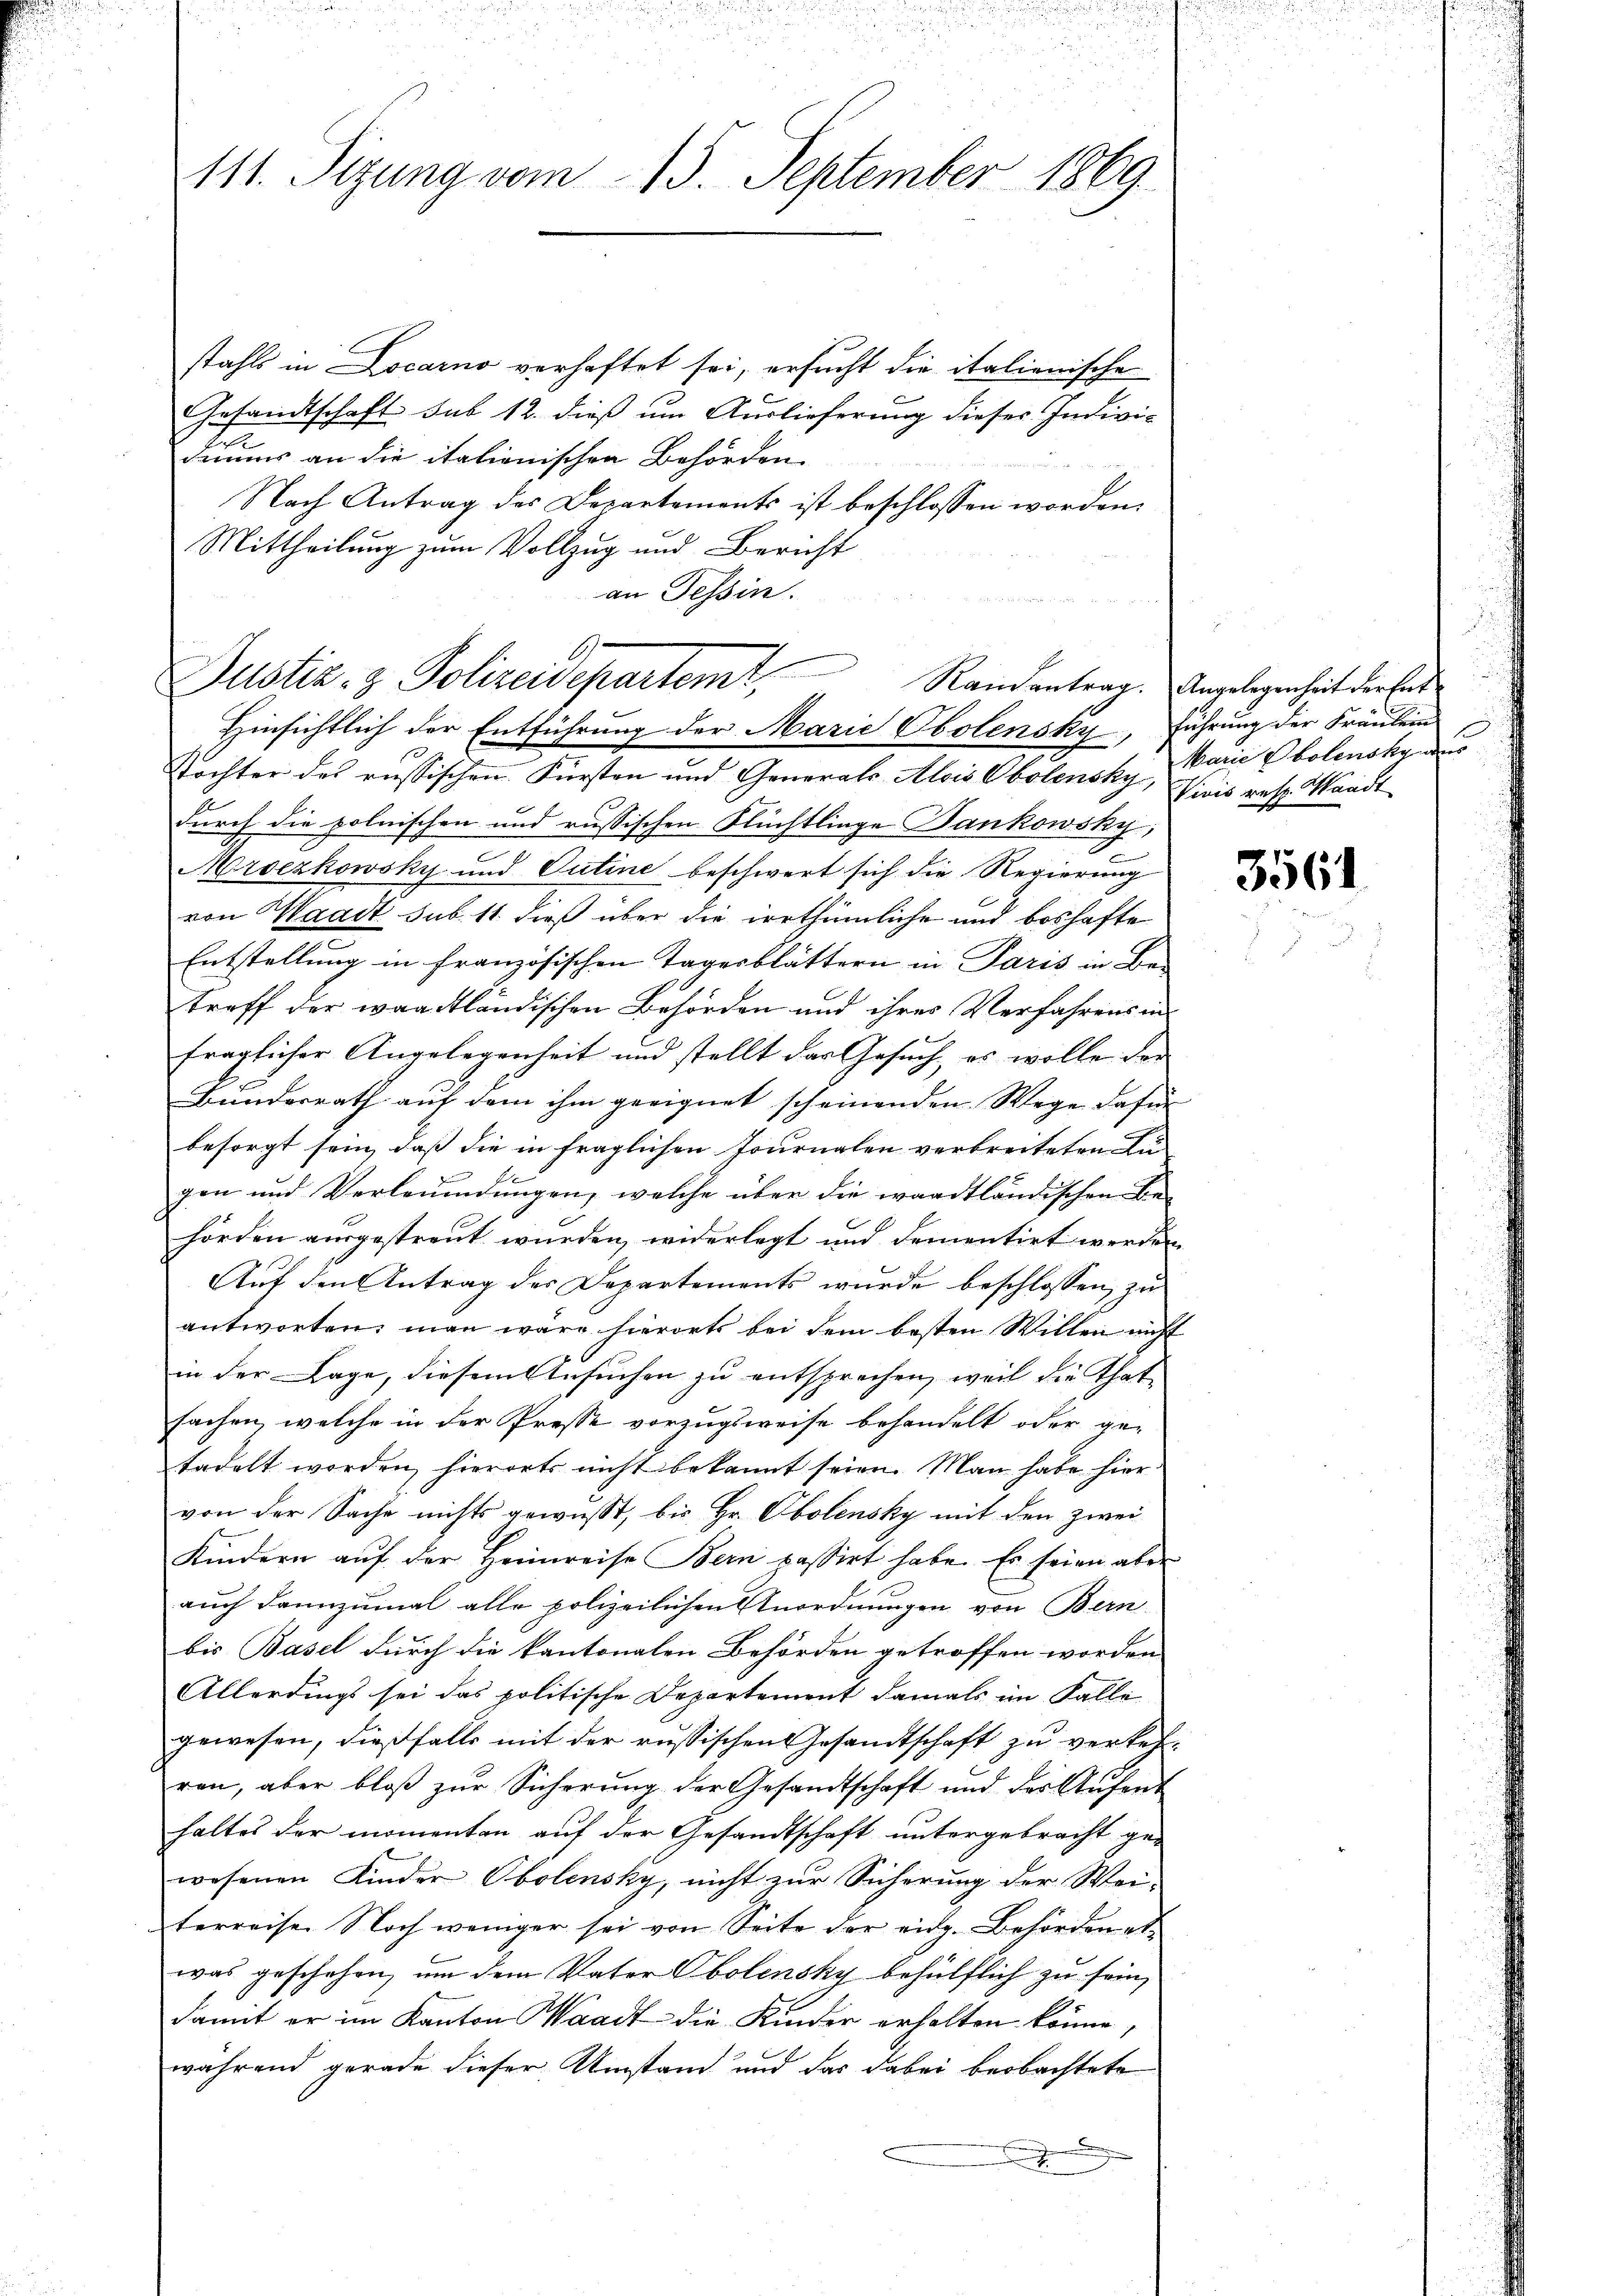
111. Sizung vom 15. September 1869.

stahls in Locarno verhaftet sei, ersucht die italienische
Gesandtschaft sub 12. dieß um Auslieferung dieser Individuums an die italionischen Behörden
Nach Antrag des Departements ist beschlossen worden.
Mittheilung zum Vollzug und Bericht
an Tessin.
Justiz- & Polizeidepartemt,
Tochter des russischen Fürsten und Generals Alois Obolensky, Divis resp. Waadt
durch die polnischen und russischen Flüchtlinge Dankowsky,
Mroezkowsky und Outine beschwert sich die Regierung
von Waadt sub. 11. dieß über die irrthümliche und boshafte
Entstellung in französischen Tagesblättern in Paris in Be-
treff der waadtländischen Behörden und ihres Verfahrens in
fraglicher Angelegenheit und stellt der Gesuch, es wolle der
Bunderrath auf dem ihm geeignet scheinenden Wege dafür
besorgt sein, daß die in fraglichen Journalen verbreiteten Au
gen und Verleumdungen, welche über die waadtländischen Be-
hörden ausgestreut wurden, widerlegt und dementirt werden
Auf den Antrag der Departements wurde beschlossen, zu
antworten, man wäre hierorts bei dem besten Willen nicht
in der Lage, diesem Ansuchen zu entsprechen, weil die That
sachen, welche in der Presse vorzugsweise behandelt oder getadelt worden, hierorts nicht bekannt seien. Man habe hier
von der Sache nichts gewusst, bis Hr. Obolensky mit den zwei
Kindern auf der Heimreise Bern passirt habe. Es seien aber
auch dannzumal alle polizeilichen Anordnungen von Bern
bis Basel durch die kantonalen Behörden getroffen worden
Allerdings sei das politische Departement damals im Falle
gewesen, dießfalls mit der russischen Gesandtschaft zu verkehr-
ren, aber bloß zur Sicherung der Gesandtschaft und der Aŭfent
haltes der momenten auf der Gesandtschaft untergebracht ge-
wesenen Kinder Obolensky, nicht zur Sicherung der Wei-
terreise Noch weniger sei von Seite der eidg. Behörden et
was geschehen, um dem Vater Obolensky behülflich zu sein,
damit er im Kanton Waadt die Kinder erholten könne,
während gerade dieser Umstand und das dabei beobachtete
7

Hinsichtlich der Entführung der Marie Obolensky, Führung der Fräulein

Raisantrag. Angelegenheit der Ent¬
Marie Obolenskynde

3561